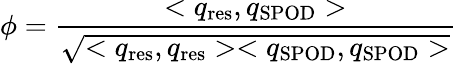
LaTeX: \phi=\frac{<q_{\mathrm{res}},q_{\mathrm{SPOD}}>}{\sqrt{<q_{\mathrm{res}},q_{\mathrm{res}}><q_{\mathrm{SPOD}},q_{\mathrm{SPOD}}>}}